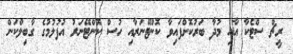
ރީޗް ސްޓެކާ އާއި މުދާ ބަރުކޮށްފައިވާ ކޮންޓޭނަރާއި ހުސް ކޮންޓޭނަރު އުފުލުމުގެ ގާބިލްކަން